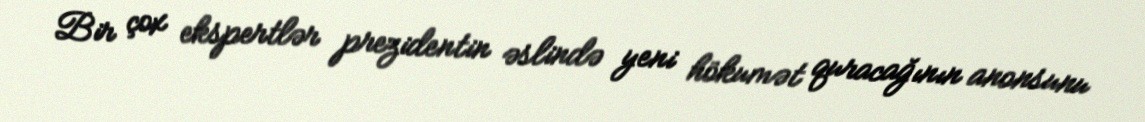
Bir çox ekspertlər prezidentin əslində yeni hökumət quracağının anonsunu